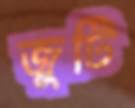
জুটি